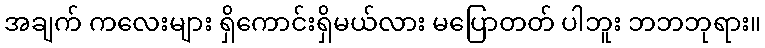
အချက် ကလေးများ ရှိကောင်းရှိမယ်လား မပြောတတ် ပါဘူး ဘဘဘုရား။